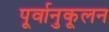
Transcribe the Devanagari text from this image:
पूर्वानुकूलन